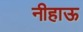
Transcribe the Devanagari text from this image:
नीहाऊ